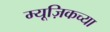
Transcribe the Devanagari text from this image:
म्यूज़िकच्या